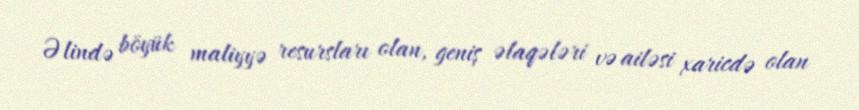
Əlində böyük maliyyə resursları olan, geniş əlaqələri və ailəsi xaricdə olan